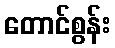
တောင်စွန်း